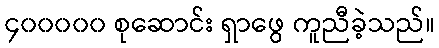
၄၀၀၀၀၀ စုဆောင်း ရှာဖွေ ကူညီခဲ့သည်။